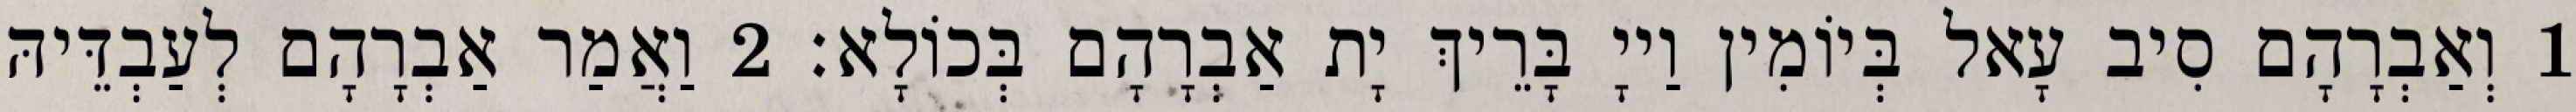
1 וְאַבְרָהָם סִיב עָאל בְּיוֹמִין וַייָ בָּרֵיךְ יָת אַבְרָהָם בְּכוֹלָא׃ 2 וַאֲמַר אַבְרָהָם לְעַבְדֵּיהּ